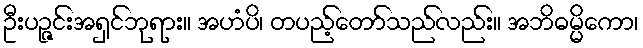
ဦးပဉ္ဇင်းအရှင်ဘုရား။ အဟံပိ၊ တပည့်တော်သည်လည်း။ အဘိဓမ္မိကော၊